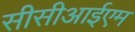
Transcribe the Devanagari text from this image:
सीसीआईएम